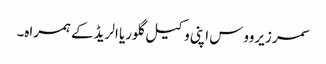
سمر زیرووس اپنی وکیل گلوریا الریڈ کے ہمراہ۔